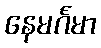
နေမင်္ဂမာ